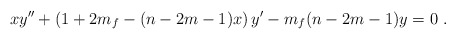
\begin{align*}xy'' +\left(1+2m_f -(n-2m-1)x\right)y' -m_f(n-2m-1)y=0~.\end{align*}